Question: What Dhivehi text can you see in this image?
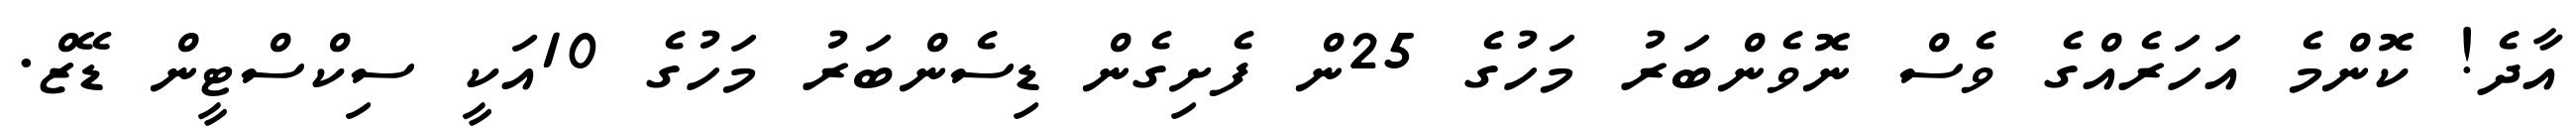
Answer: އާދެ! ކޮންމެ އަހަރެއްގެ ވެސް ނޮވެންބަރު މަހުގެ 25ން ފެށިގެން ޑިސެންބަރު މަހުގެ 10އަކީ ސިކްސްޓީން ޑޭޒް.